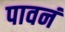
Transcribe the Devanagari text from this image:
पावनं